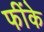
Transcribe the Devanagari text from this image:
फींके